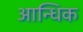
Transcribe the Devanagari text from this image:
आन्धिक